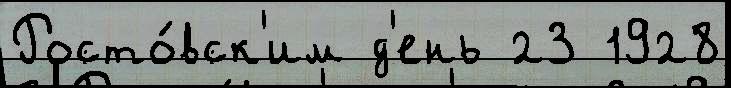
Росто́вск'им д'ень 23 1928